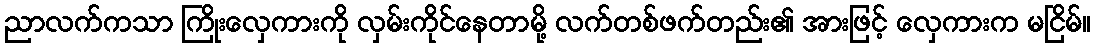
ညာလက်ကသာ ကြိုးလှေကားကို လှမ်းကိုင်နေတာမို့ လက်တစ်ဖက်တည်း၏ အားဖြင့် လှေကားက မငြိမ်။